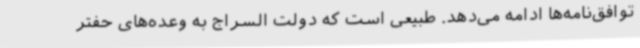
توافق‌نامه‌ها ادامه می‌دهد. طبیعی است که دولت السراج به وعده‌های حفتر